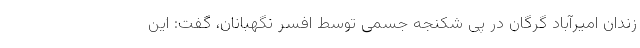
زندان امیرآباد گرگان در پی شکنجه جسمی توسط افسر نگهبانان، گفت: این